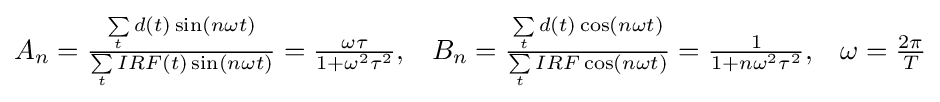
{\begin{matrix}{{A}_{n}}={\frac {\sum \limits _{t}{d(t)\sin(n\omega t)}}{\sum \limits _{t}{IRF(t)\sin(n\omega t)}}}={\frac {\omega \tau }{1+{{\omega }^{2}}{{\tau }^{2}}}},&{{B}_{n}}={\frac {\sum \limits _{t}{d(t)\cos(n\omega t)}}{\sum \limits _{t}{IRF\cos(n\omega t)}}}={\frac {1}{1+n{{\omega }^{2}}{{\tau }^{2}}}},&\omega ={\frac {2\pi }{T}}\\\end{matrix}}